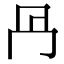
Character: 冎